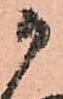
御